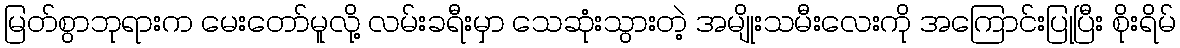
မြတ်စွာဘုရားက မေးတော်မူလို့ လမ်းခရီးမှာ သေဆုံးသွားတဲ့ အမျိုးသမီးလေးကို အကြောင်းပြုပြီး စိုးရိမ်